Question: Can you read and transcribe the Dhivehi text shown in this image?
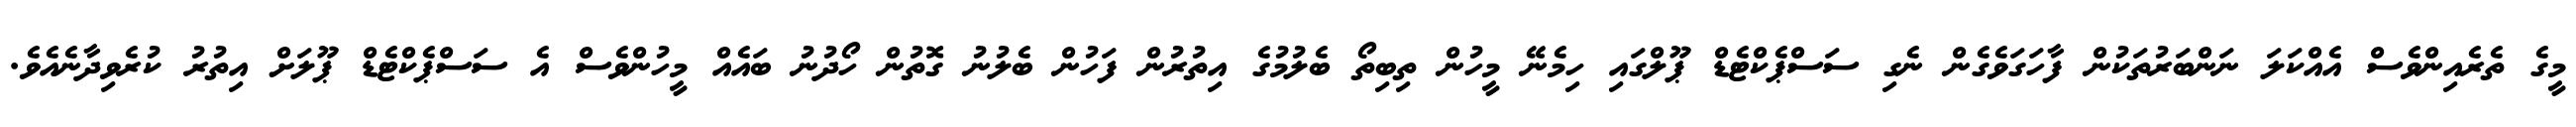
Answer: މީގެ ތެރެއިންވެސް އެއްކަލަ ނަންބަރުތަކުން ފާހަގަވެގެން ނެގި ސަސްޕެކްޓެޑް ޕޫލްގައި ހިމެނޭ މީހުން ތިބިތޯ ބެލުމުގެ އިތުރުން ފަހުން ބެލުނު ގޮތުން ހޯދުނު ބައެއް މީހުންވެސް އެ ސަސްޕެކްޓެޑް ޕޫލަށް އިތުރު ކުރެވިދާނެއެވެ.